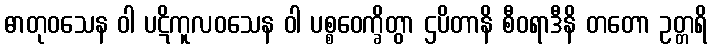
ဓာတုဝသေန ဝါ ပဋိကူလဝသေန ဝါ ပစ္စဝေက္ခိတွာ ဌပိတာနိ စီဝရာဒီနိ တတော ဥတ္တရိ